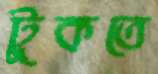
টুকতে